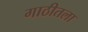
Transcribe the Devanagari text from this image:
गाठीतला